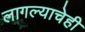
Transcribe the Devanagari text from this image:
लागल्याचेही